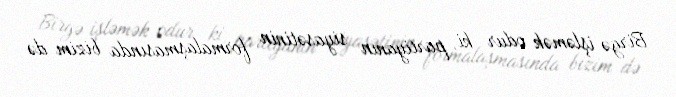
Birgə işləmək odur ki, partiyanın siyasətinin formalaşmasında bizim də